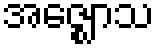
အဇ္ဈောသ